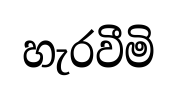
හැරවීමි